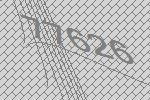
77626